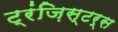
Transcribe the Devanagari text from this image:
ट्रंज़िस्टर्स